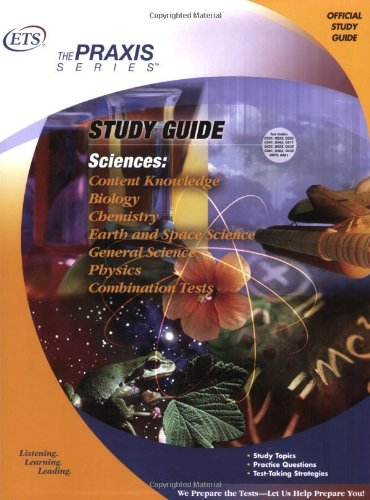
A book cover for Sciences: Content Knowledge Study Guide (Praxis Study Guides); Educational Testing Service; Test Preparation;